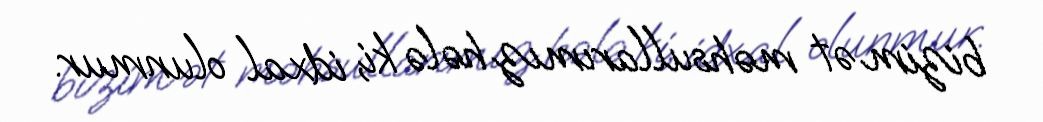
bizim ət məhsullarımız hələ ki, idxal olunmur.